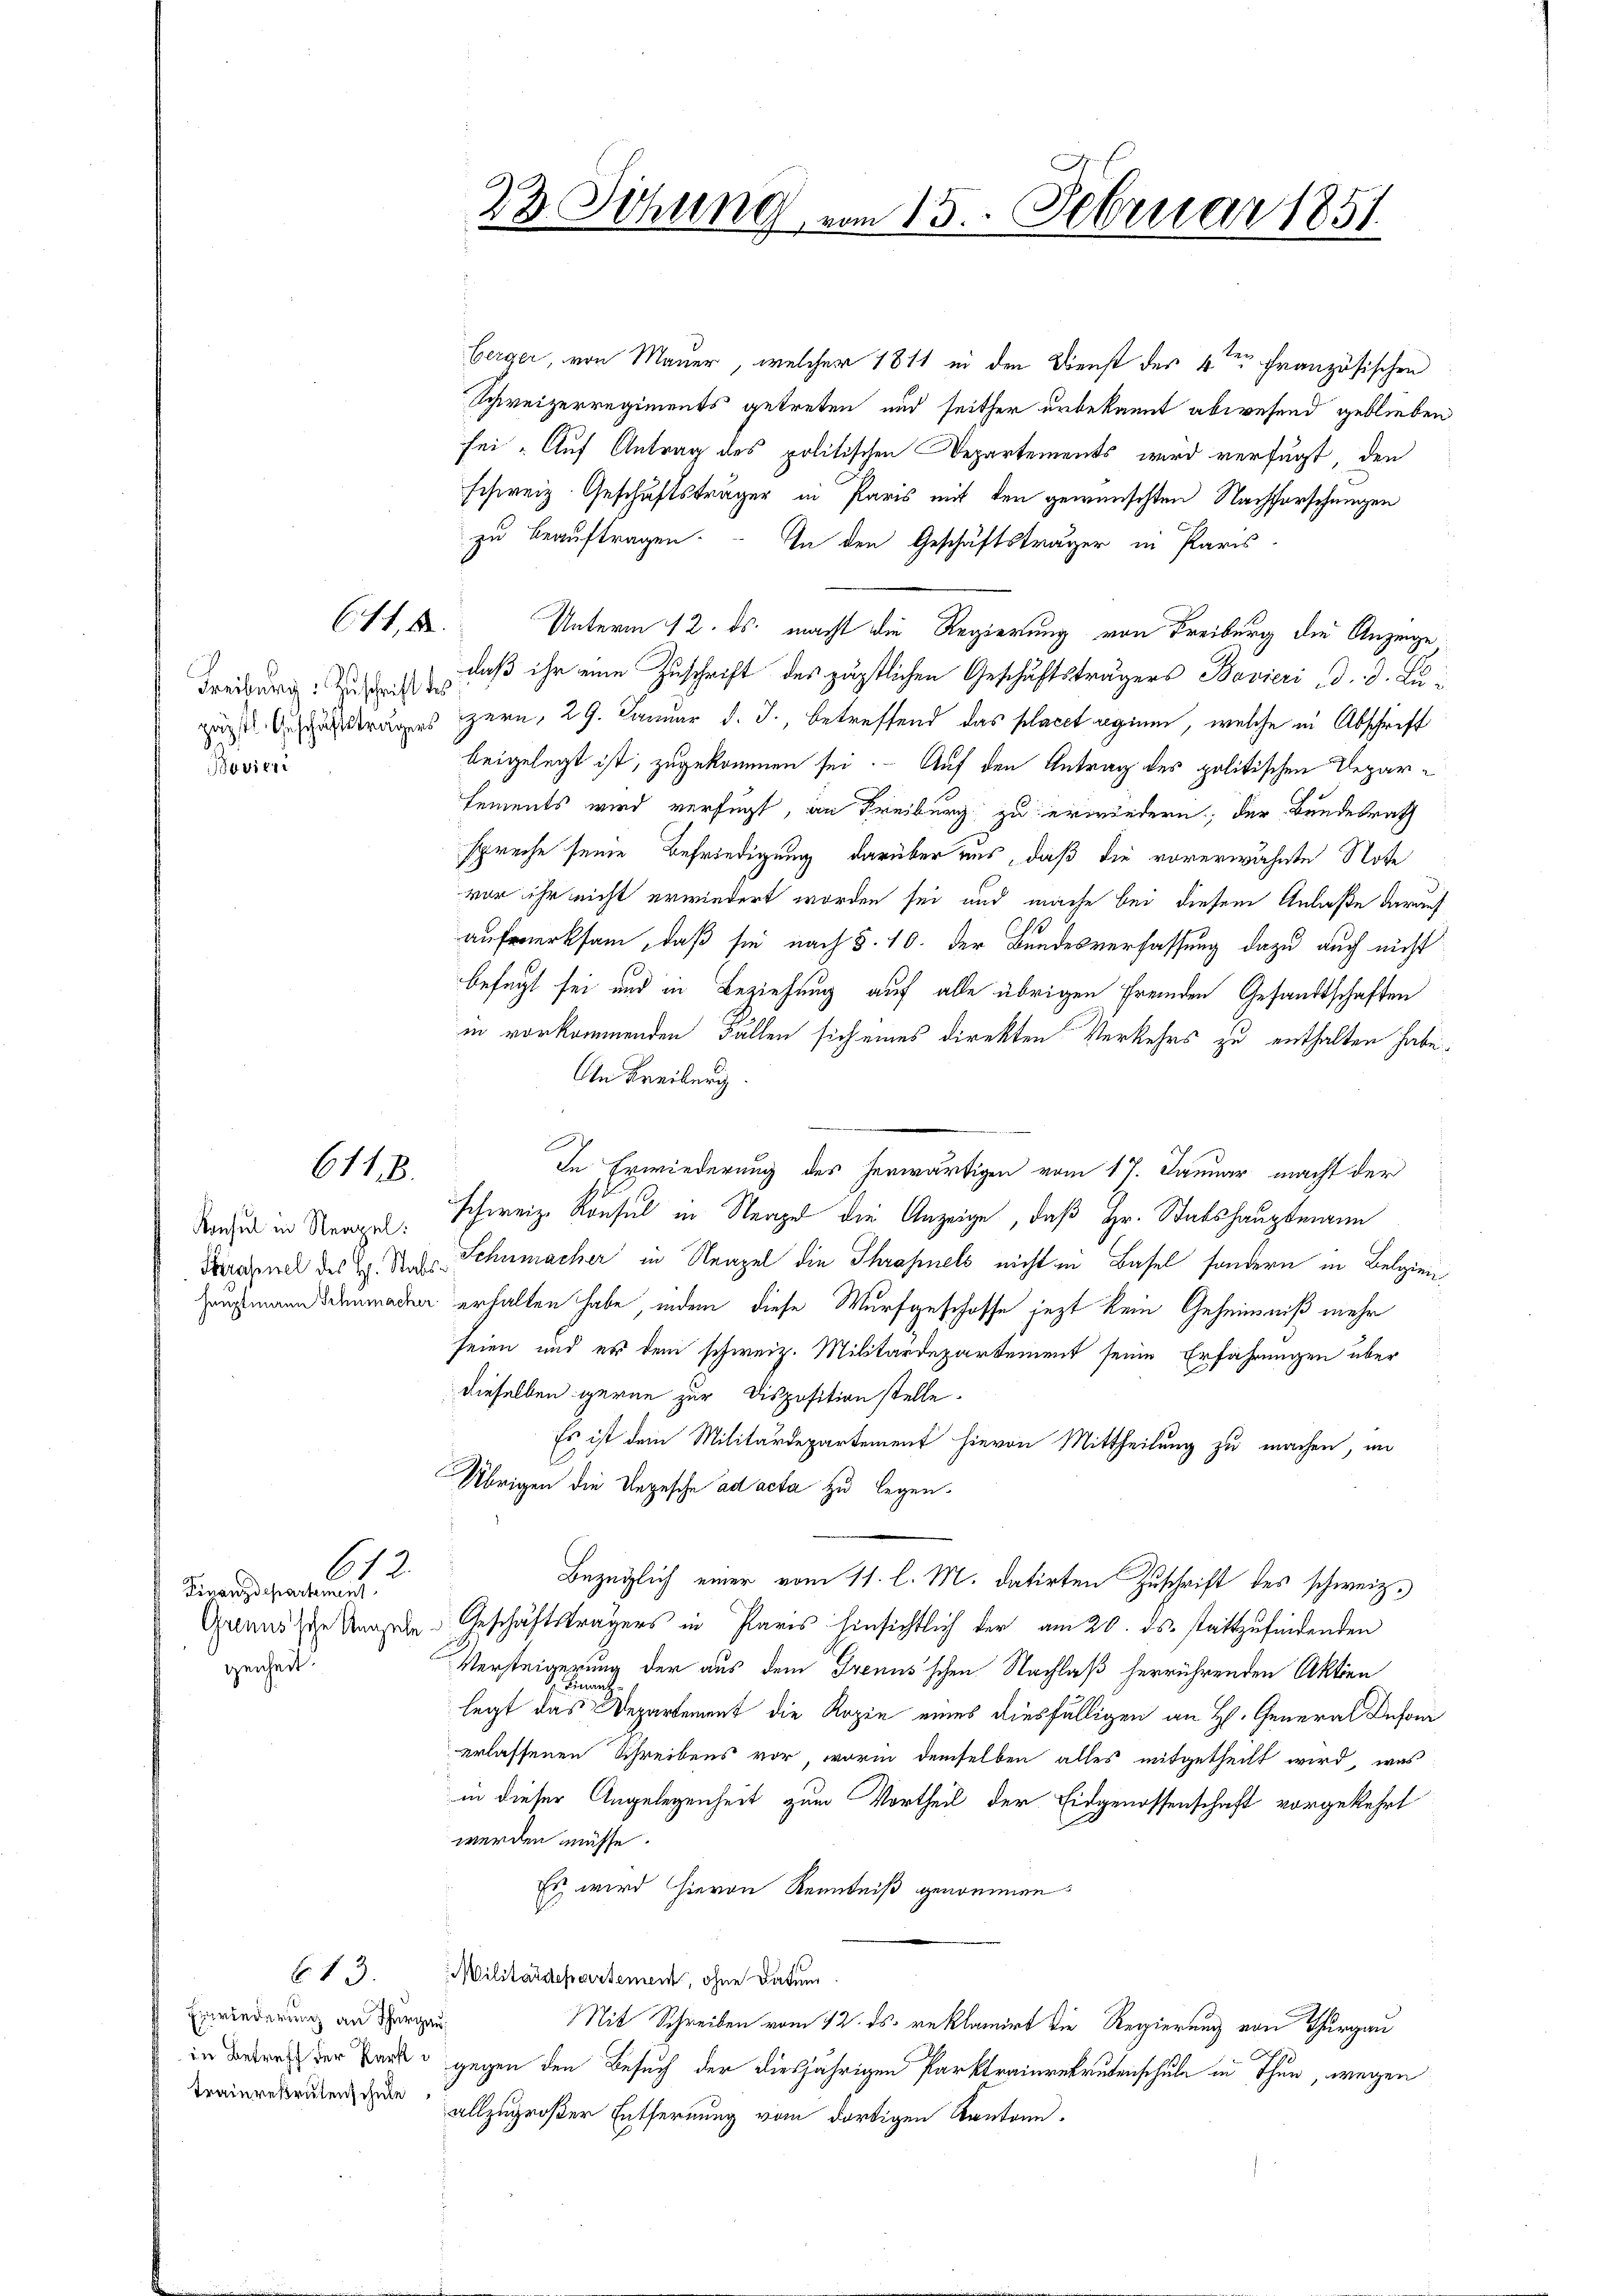
6118.

613.

611, 1

Boviert

Konsul in Neapel:

612

Finanzdepartement
genheit.

Einwiederung an Thurgau,

berger, von Mauer, welcher 1811 in den Dienst der 4ten Französischen
Schweizerregiments getreten und seither unbekannt abwesend geblieben
sei. Auf Antrag des politischen Departements wird verfügt, den
schweiz. Geschäftsträger in Paris mit den gewünschten Nachforschungen
zu beauftragen. In den Geschäftsträger in Paris
Unterm 12. ds. macht die Regierung von Freiburg die Anzeige
Freiburg, daß ihr eine Zuschrift des päpstlichen Geschäftsträgers Bavieri d. 3. Juzug desstrages zern, 29. Januar d. J., betreffend das placet regium, welche in Abschrift
beigelegt ist, zugekommen sei. Auf den Antrag des politischen Deparsements wird verfügt, an Freiburg zu erwiedern; der Bundesrath
spreche seine Befriedigung darüber aus, daß die vorerwähnte Note
vor ihr nicht erwiedert worden sei und mache bei diesem Anlaße darauf
aufmerksam, daß sie nach §. 10. der Bundesverfassung dazu auch nicht
befugt sei und in Beziehung auf alle übrigen fremden Gesandtschaften
in vorkommenden Fällen sich eines direkten Verkehrs zu enthalten habe.
An Freiburg.
In Erwiederung des herwärtigen vom 17. Januar macht der
schweiz. Konsul in Strage die Anzeige, daß Hr. Stabshauptmann
Berechnel des H. Standes Schumacher in Neapel die Thrapnels nicht in Basel sondern in Belgien
Zaufmann ddenaden erhalten habe, indem diese Wurfgeschoffe jezt kein Geheimniß mehr
seien und er dem schweiz. Militärdepartement seine Erfahrungen über
dieselben gerne zur Disposition stelle.
Es ist dem Militärdepartement hievon Mittheilung zu machen, im
Übrigen die Ungesche ad acta zu legen.
Bezüglich einer vom 11. l. M. datirten Zuschrift des schweiz.
Gewandte Saale Geschäftsträgers in Paris hinsichtlich der am 20. ds. stattzufindenden
Versteigerung der aus dem Trenns'schen Nachlaß herrührenden Aktien
legt das Departement die Kopie eines diesfälligen an H. General Beson
erlassenen Schreibens vor, worin demselben alles mitgetheilt wird, was
in dieser Angelegenheit zum Vortheil der Eidgenossenschaft vorgekehrt
werden müsse.
Es wird hievon Kenntniß genommen
Militärstepartement, ohne Datum.
Mit Schreiben vom 12. ds. reklamirt die Regierung von Thurgau
in Bedarf der Park gegen den Besuch der diesjährigen Parktrainrekrutenschule in Thun, wegen
ikruten allzugroßer Entfernung vom dortigen Kantone.

23. Sitzung vom 13. Februar 1851.

0